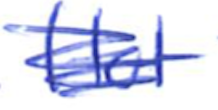
Text: Hot
Cross-out: mix
Writing tool: ballpoint